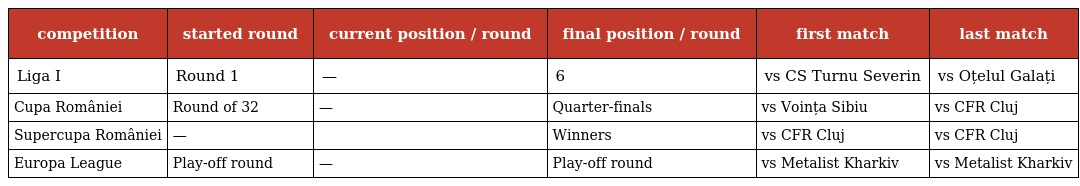
| competition | started round | current position / round | final position / round | first match | last match |
 | --- | --- | --- | --- | --- | --- |
 | Liga I | Round 1 | — | 6 | vs CS Turnu Severin | vs Oțelul Galați |
 | Cupa României | Round of 32 | — | Quarter-finals | vs Voința Sibiu | vs CFR Cluj |
 | Supercupa României | — |  | Winners | vs CFR Cluj | vs CFR Cluj |
 | Europa League | Play-off round | — | Play-off round | vs Metalist Kharkiv | vs Metalist Kharkiv |